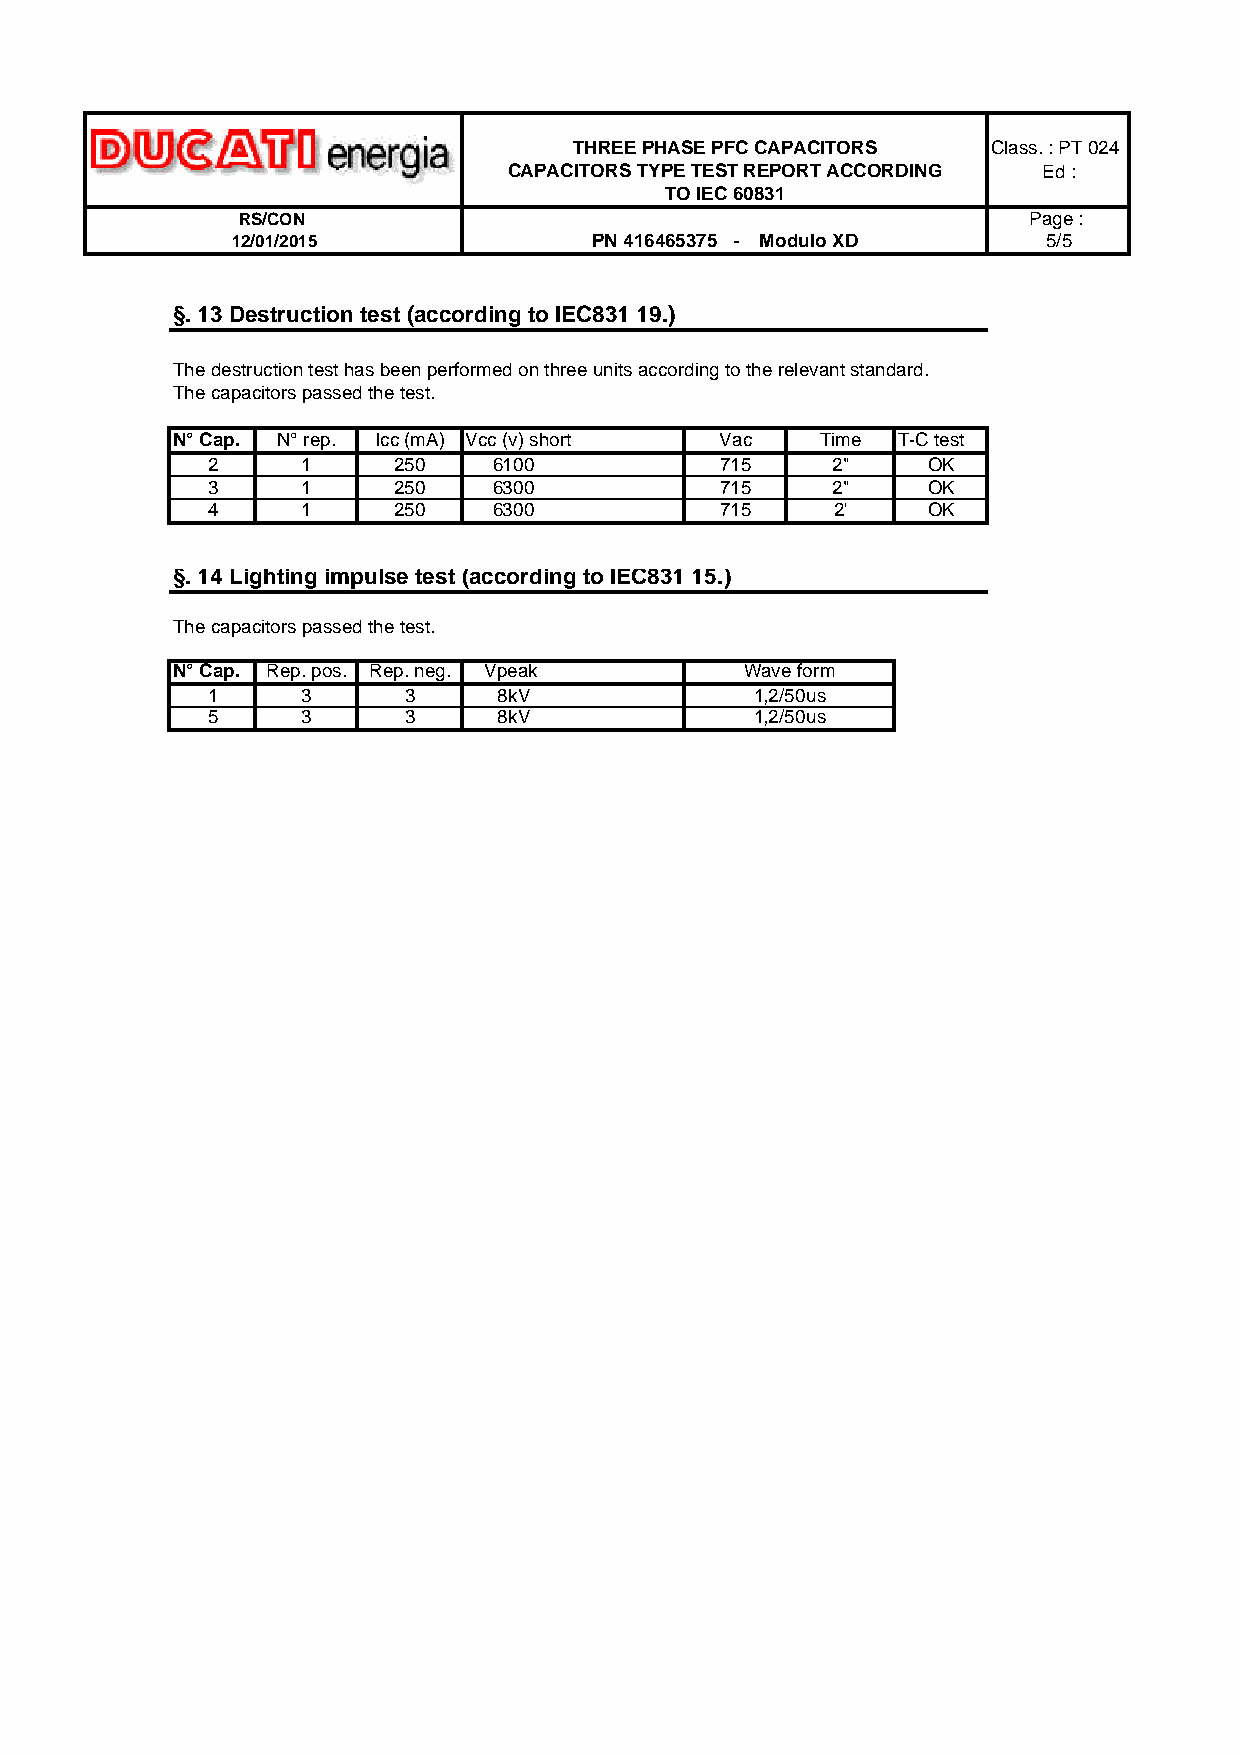
THREE PHASE PFC CAPACITORS  Class. : PT 024
 CAPACITORS TYPE TEST REPORT ACCORDING Ed :
 TO IEC 60831
 RS/CON                                              Page :
 12/01/2015              PN 416465375 - Modulo XD      5/5
 §. 13 Destruction test (according to IEC831 19.)
 The destruction test has been performed on three units according to the relevant standard.
 The capacitors passed the test.
 N° Cap. N° rep. Icc (mA) Vcc (v) short Vac Time T-C test
 2     1     250    6100           715    2"    OK
 3     1     250    6300           715    2"    OK
 4     1     250    6300           715    2'    OK
 §. 14 Lighting impulse test (according to IEC831 15.)
 The capacitors passed the test.
 N° Cap. Rep. pos. Rep. neg. Vpeak     Wave form
 1     3      3     8kV              1,2/50us
 5     3      3     8kV              1,2/50us